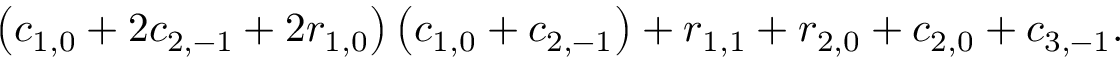
\left( c _ { 1 , 0 } + 2 c _ { 2 , - 1 } + 2 r _ { 1 , 0 } \right) \left( c _ { 1 , 0 } + c _ { 2 , - 1 } \right) + r _ { 1 , 1 } + r _ { 2 , 0 } + c _ { 2 , 0 } + c _ { 3 , - 1 } .